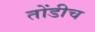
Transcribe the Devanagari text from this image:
तोंडीच